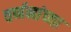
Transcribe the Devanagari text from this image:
वर्णनांच्या